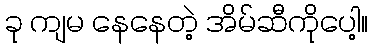
ခု ကျမ နေနေတဲ့ အိမ်ဆီကိုပေါ့။